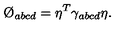
\O _ { a b c d } = \eta ^ { T } \gamma _ { a b c d } \eta .